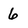
Character: 6